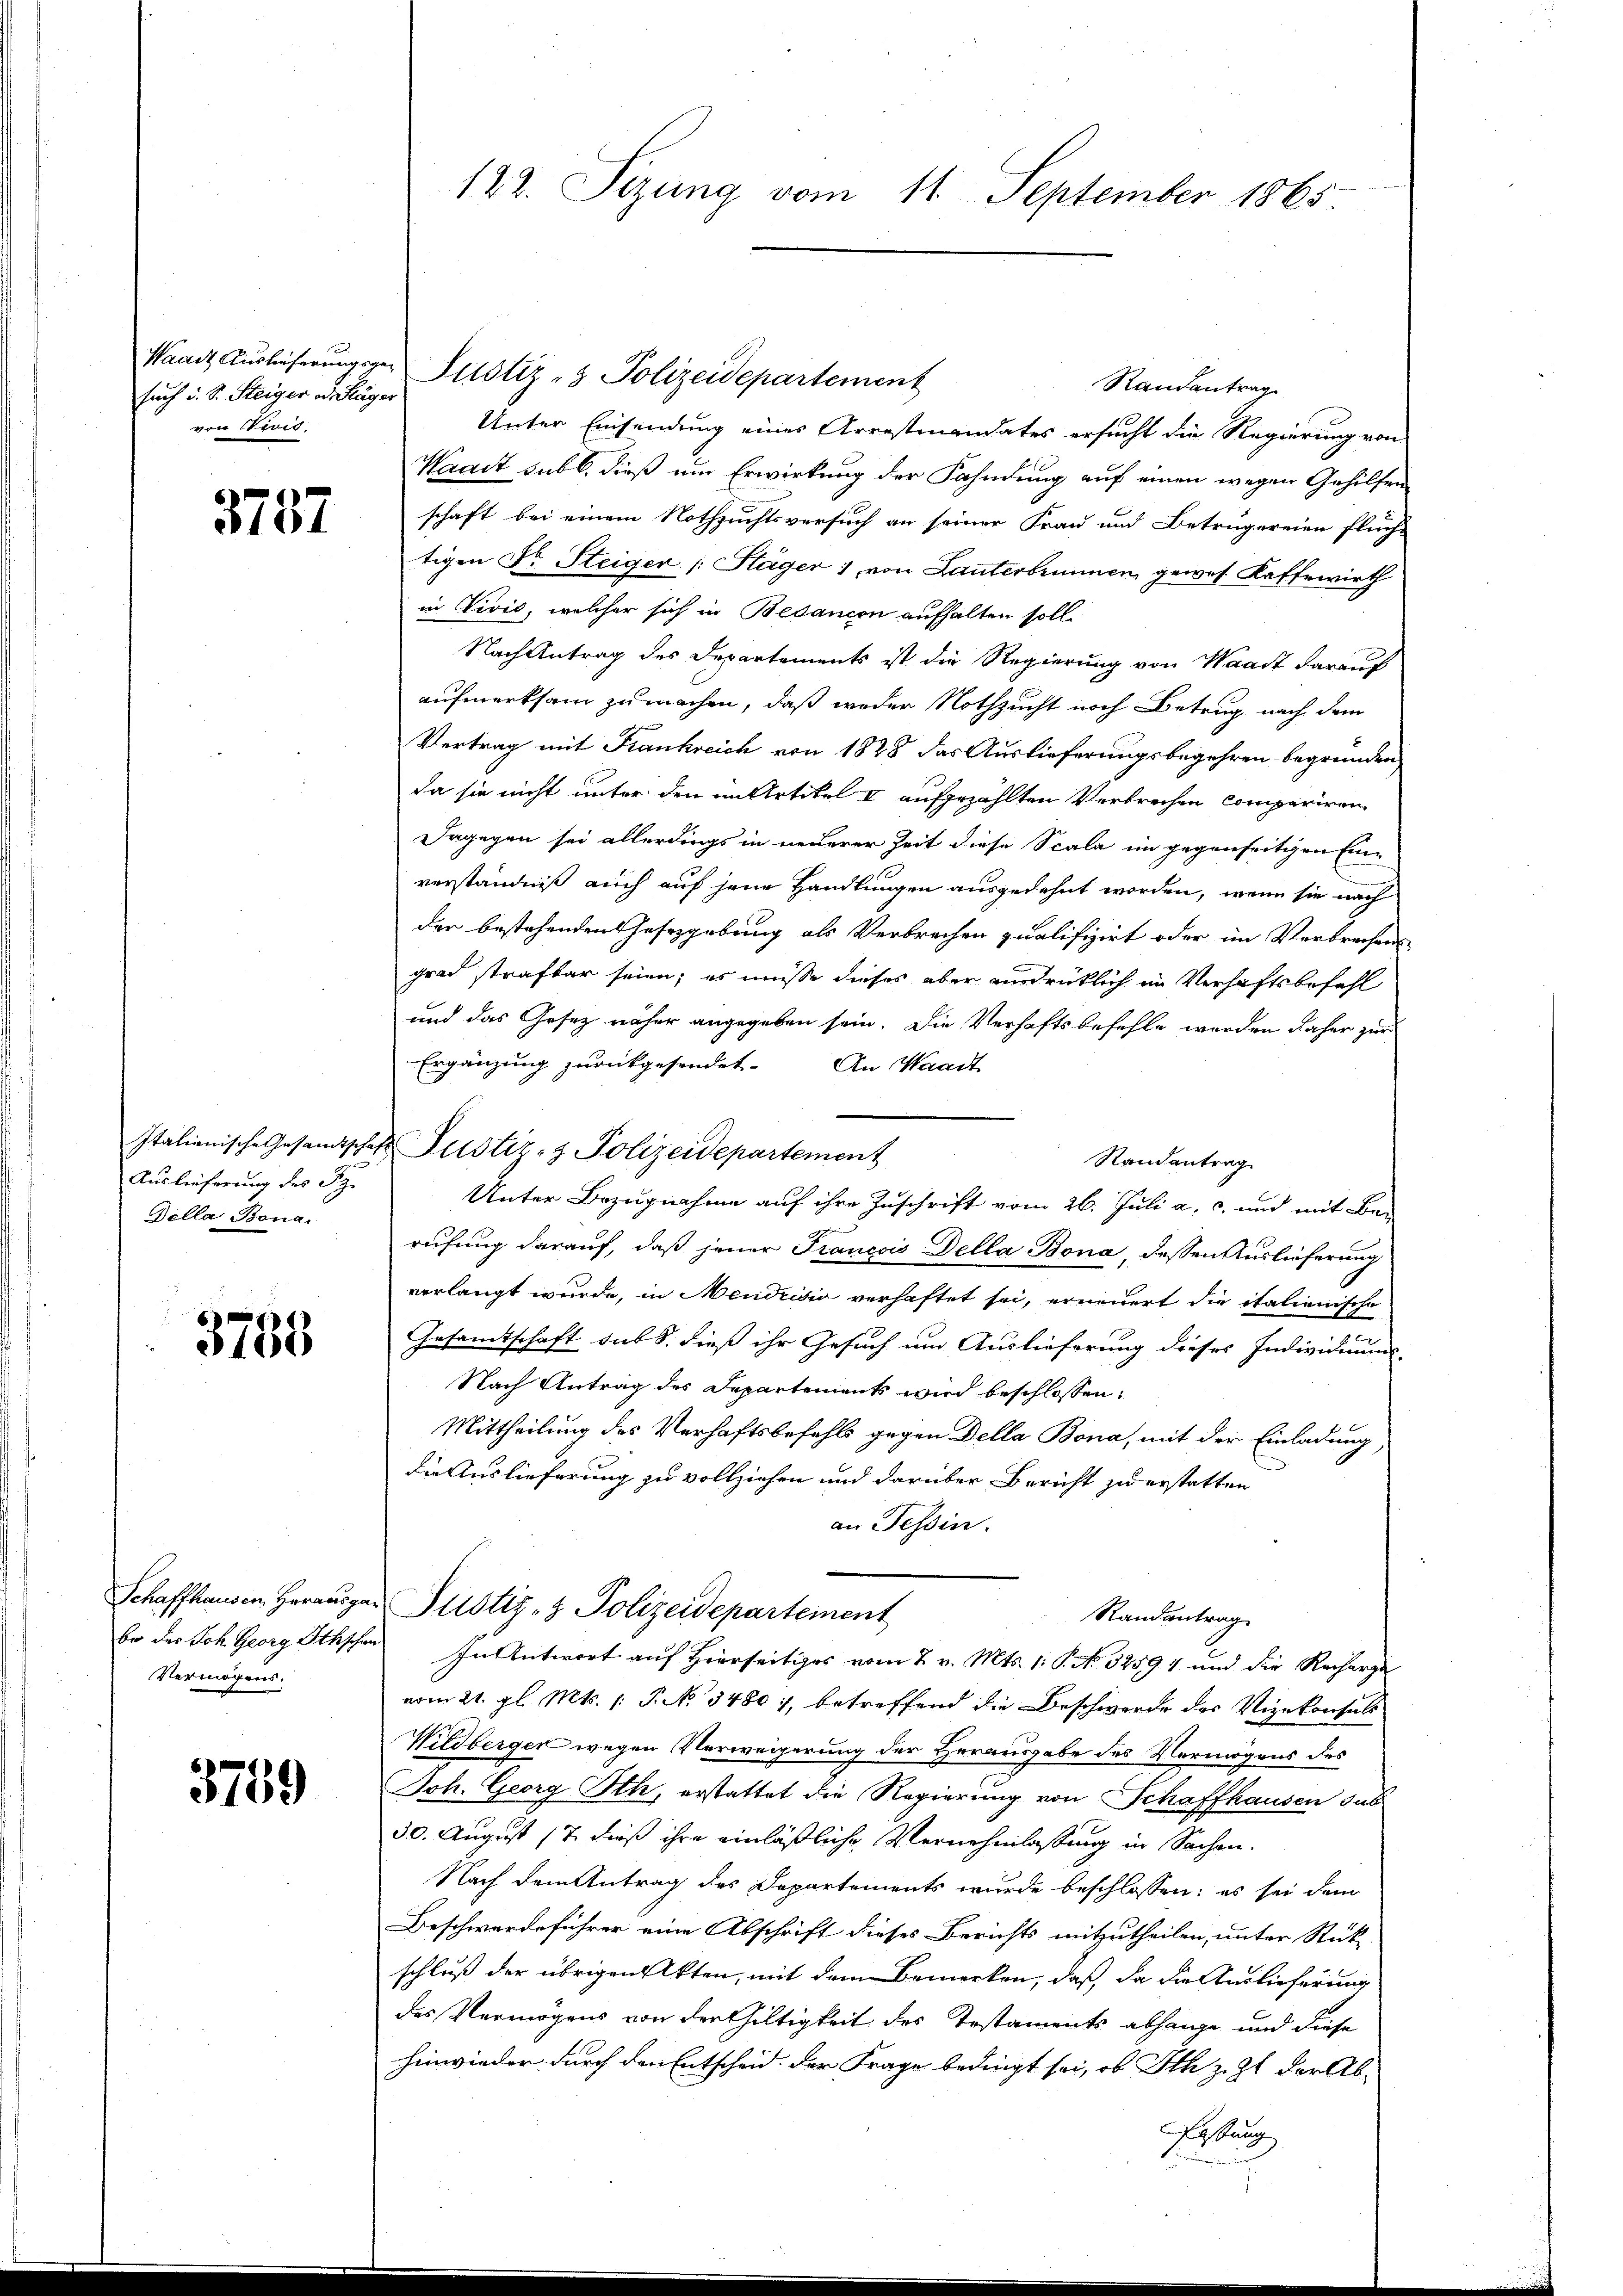
such d. S. Steiger od. Kläger
von Civis.

3787

Auslieferung des Sz.
Bella Bona.

3755

Schaffhausen Herausge
Vermögens.

3759

122. Sizung vom 11. September 1865.

Waadt Auslieferungsger Justiz- & Polizeidepartement
Randantrag
Unter Einsendung eines Arrestiandates ersucht die Regierung von
Waadt sub b. dieß um Erwirkung der Fahndung auf einen wegen Gehilfen
schaft bei einem Nothzuchtsversuch an seiner Frau und Betrügereien flüch-
tigen Fr. Steiger (: Stäger 1 von Lauterbrunnen gewes Kaffewirth
in Vivić, welcher sich in Besancen aufhalten soll
Nach Antrag des Departements ist die Regierung von Waadt darauf
aufmerksam zu machen, daß weder Nothzucht noch Betrug nach dem
Vertrag mit Frankreich von 1828 das Auslieferungsbegehren begründen
da sie nicht unter den im Artikel I aufgezählten Verbrechen compariren
Dagegen sei allerdings in neuerer Zeit diese Scala im gegenseitigen Einverständniß auch auf jene Handlungen ausgedehnt worden, wenn sie nach
der bestehenden Gesetzgebung als Verbrechen qualifizirt oder im Verbrechens
grad strafbar seien; es müsse dieses aber ausdrücklich im Verhaftsbefehl
und das Gesetz näher angegeben sein. Die Verhaftsbefehle worden daher zur
Ergänzung zurückgesendet. An Waadt
Randantrag
Unter Bezugnahme auf ihre Zuschrift vom 26. Juli a. c. und mit Be-
rufung darauf, daß jener Franccis Della-Bona, dessen Auslieferung
verlangt wurde, in Mendrisio verhaftet sei, erneuert die italienische
Gesamtschaft sub 8. dieß ihr Gesuch um Auslieferung dieses Individuums-
Nach Antrag des Departements wird beschlossen:
Mittheilung des Verhaftsbefehls gegen Della Bona, mit der Einladung
Die Auslieferung zu vollziehen und darüber Bericht zu erstatten
an Tessin.
en Justiz- & Polizeidepartement
Randantrag
be des Joh. Georg Othschen In Antwort auf Hierseitiges vom 2. v. Mts. 1. P. No. 32594 und die Recharge
vom 21. gl. Mts. 1. P. No 34807, betreffend die Beschwerde der Vizekonsuls
Wildbergen wegen Verweigerung der Herausgabe des Vermögens des
Joh. Georg Ith, erstattet die Regierung von Schaffhausen sub
30. August 17. dieß ihre einläßliche Vernehmlassung in Sachen.
Nach dem Antrag des Departements wurde beschlossen: es sei dem
Beschwerdeführer eine Abschrift dieses Berichts mitzutheilen, unter Rück-
schluß der übrigen Akten, mit dem Bemerken, daß da die Auslieferung
des Vermögens von der Gültigkeit des Testaments abhange und diese
hinwieder durch den Entscheid der Frage bedingt sei, ob Ith z. Zt. der Ab-
Fassung
un

Italienische Gesandtschaft Justiz- & Polizeidepartement